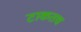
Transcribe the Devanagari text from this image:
टाकतच